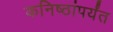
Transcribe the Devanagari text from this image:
कनिष्ठांपर्यंत